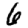
Digit: 6